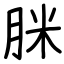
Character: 脒